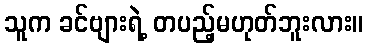
သူက ခင်ဗျားရဲ့ တပည့်မဟုတ်ဘူးလား။